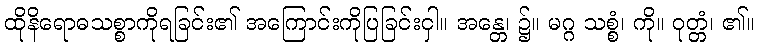
ထိုနိရောဓသစ္စာကိုရခြင်း၏ အကြောင်းကိုပြခြင်းငှါ။ အန္တေ၊ ၌။ မဂ္ဂ သစ္စံ၊ ကို။ ဝုတ္တံ၊ ၏။